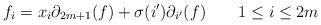
LaTeX: \begin{align*}f_i=x_i\partial_{2m+1}(f)+\sigma(i')\partial_{i'}(f)\ \ \ \ \ \ 1\leq i\leq 2m\end{align*}